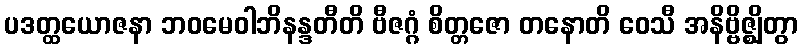
ပဒတ္ထယောဇနာ ဘဝမေဝါဘိနန္ဒတီတိ ဗီဇဂ္ဂံ စိတ္တဇော တနောတိ ဝေသီ အနိဗ္ဗိဇ္ဈိတွာ